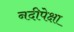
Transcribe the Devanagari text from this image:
नदीपेक्षा